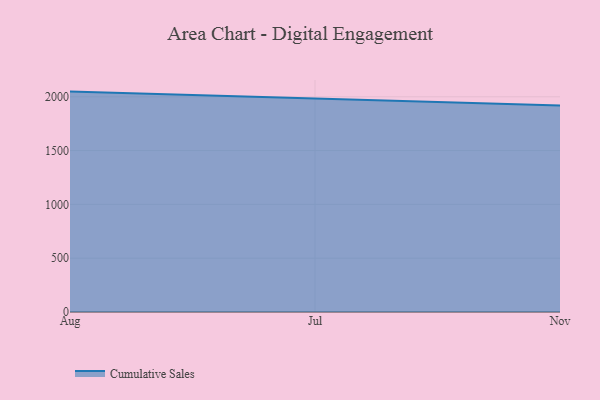
{"axis": {"x": "Month", "y": "Shipments"}, "legend": ["Cumulative Sales"], "data": [{"x": "Aug", "y": 2048.0, "type": "Cumulative Sales"}, {"x": "Jul", "y": 1983.7, "type": "Cumulative Sales"}, {"x": "Nov", "y": 1919.9, "type": "Cumulative Sales"}]}